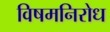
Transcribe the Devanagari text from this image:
विषमनिरोध